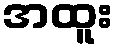
အထူး